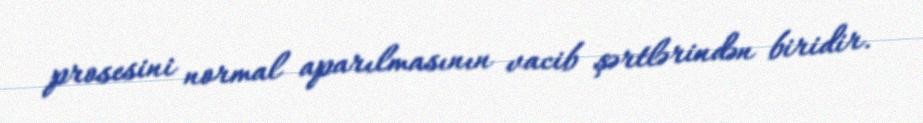
prosesini normal aparılmasının vacib şərtlərindən biridir.